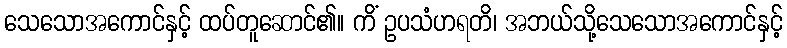
သေသောအကောင်နှင့် ထပ်တူဆောင်၏။ ကိံ ဥပသံဟရတိ၊ အဘယ်သို့သေသောအကောင်နှင့်